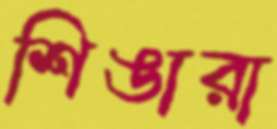
শিঙারা